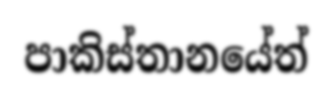
පාකිස්තානයේත්